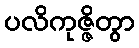
ပလိကုဇ္ဇိတွာ